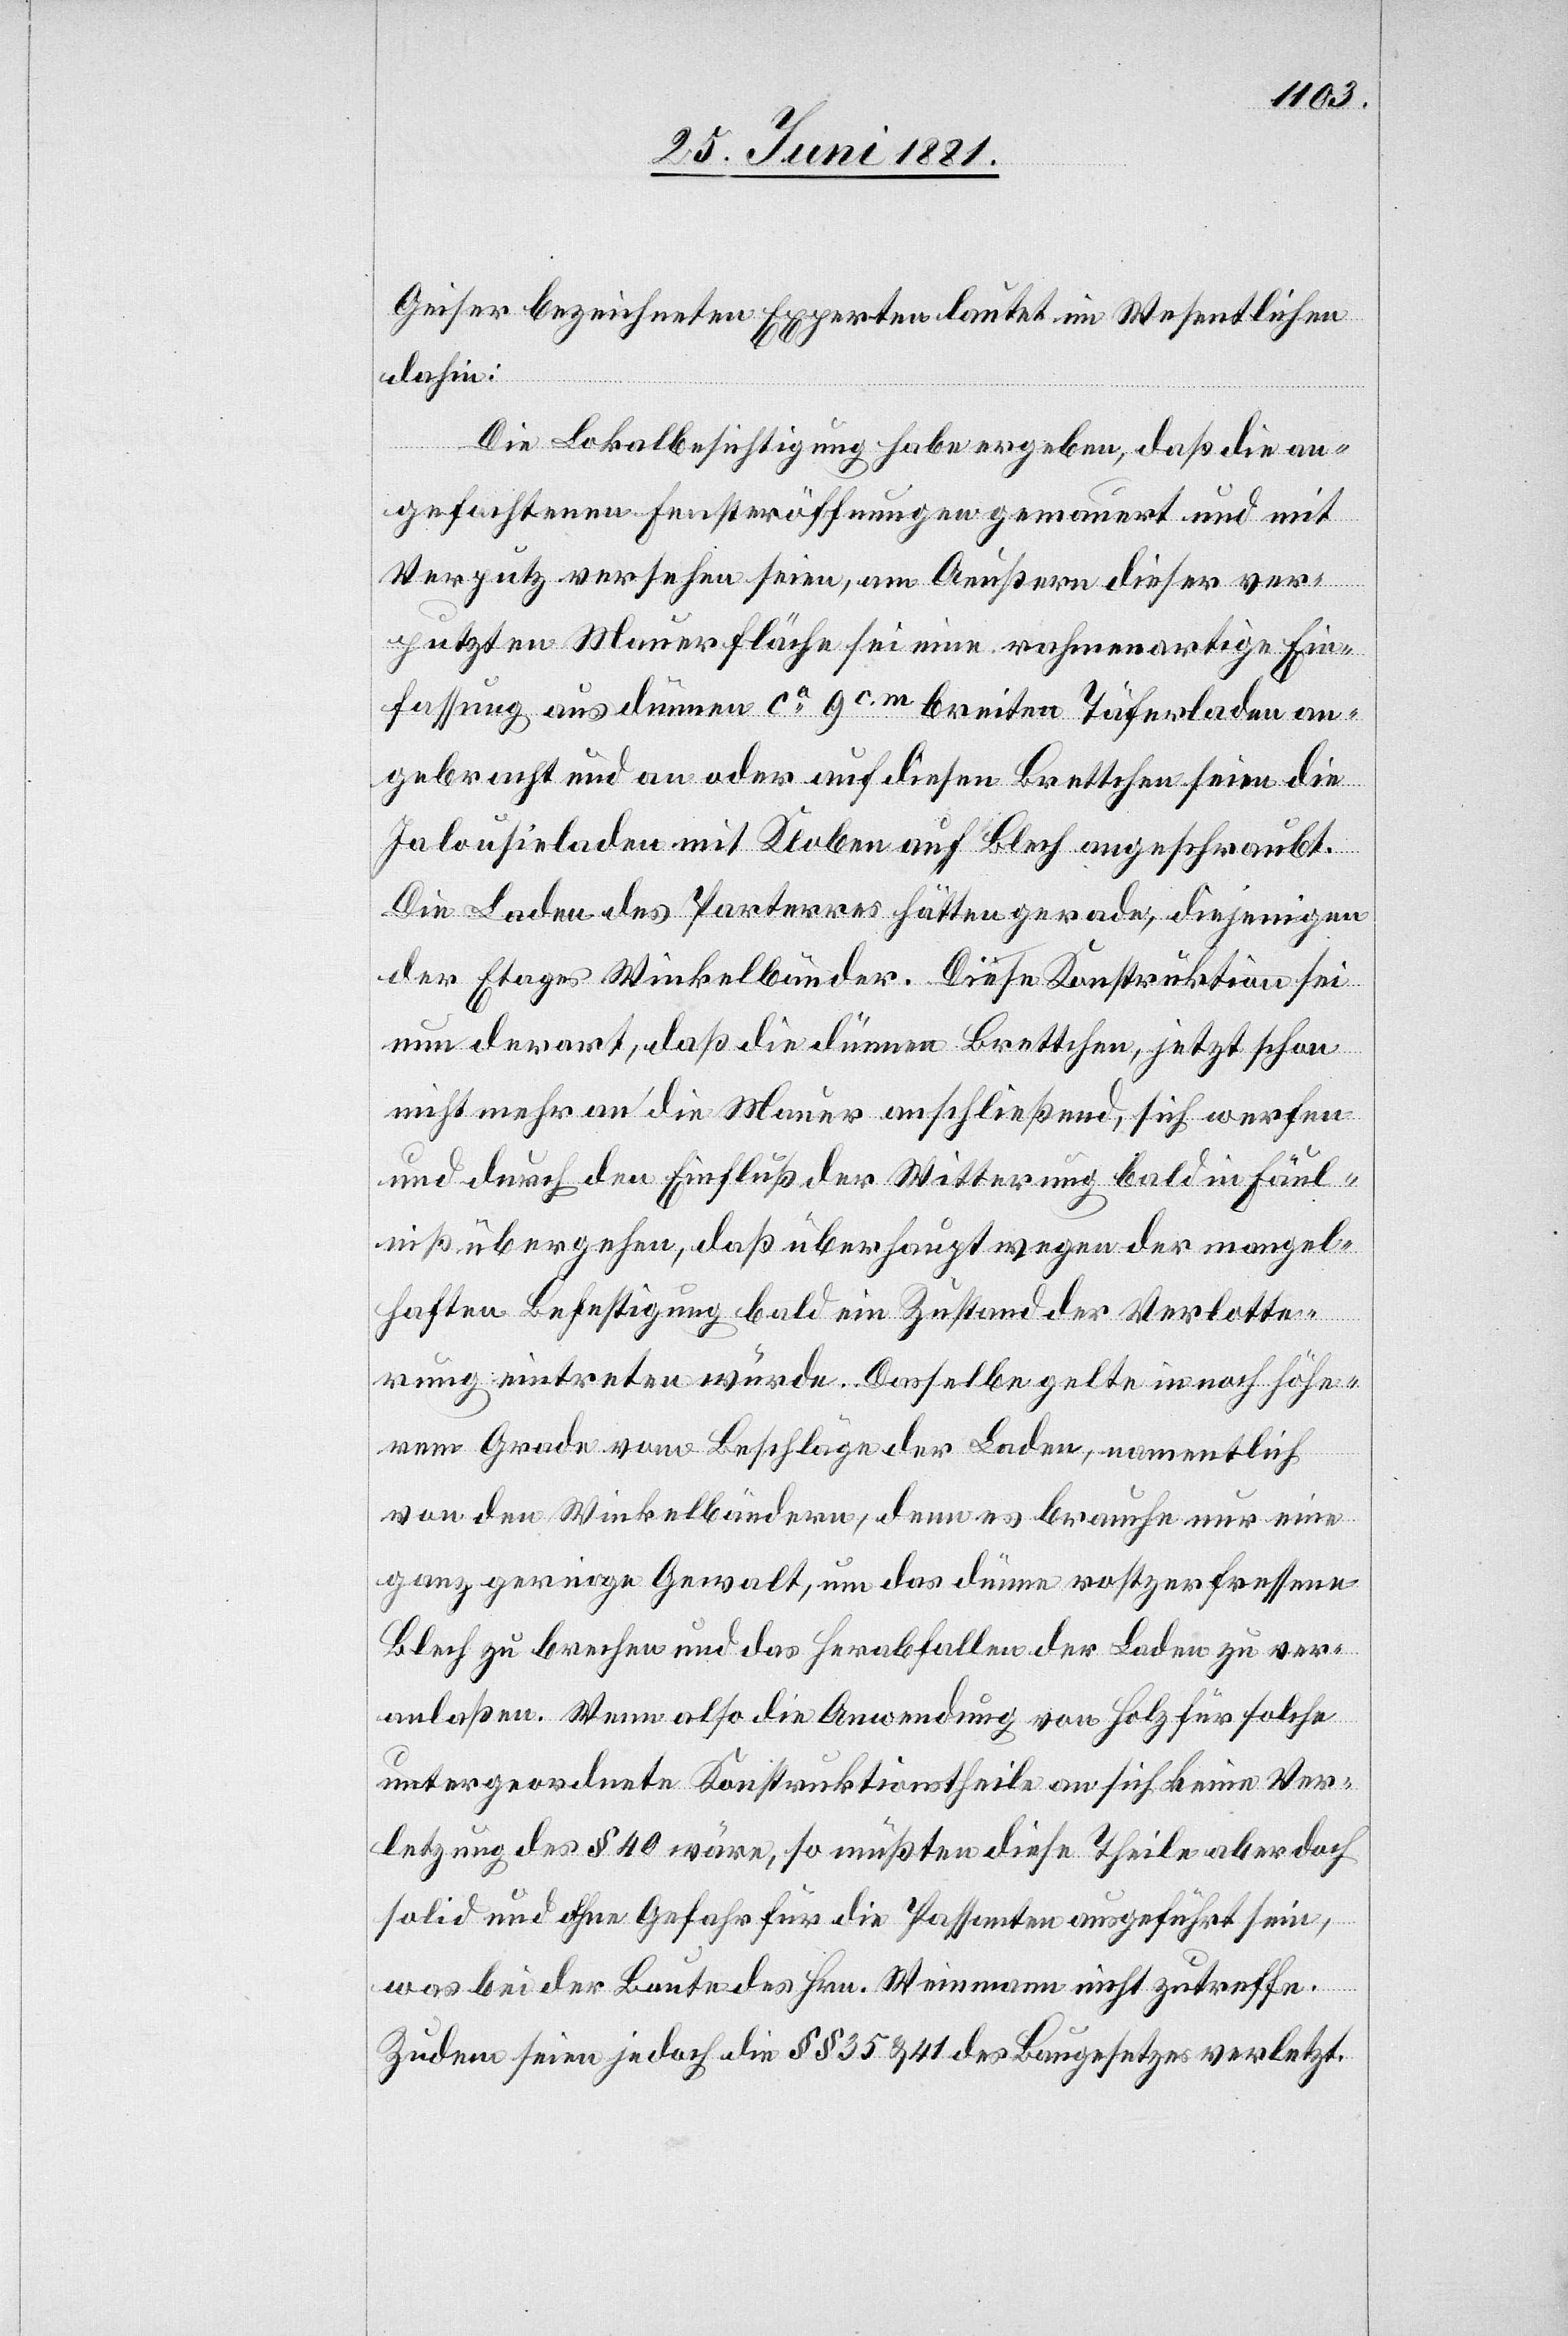
Geiser bezeichneten Experten lautet im Wesentlichen
dahin:
Die Lokalbesichtigung habe ergeben, daß die an¬
gefochtenen Fensteröffnungen gemauert und mit
Verputz versehen seien, am Aeußern dieser ver¬
putzten Mauerfläche sei eine rahmenartige Ein¬
fassung aus dünnen ca 9 c. m. breiten Täferladen an¬
gebracht und an oder auf diesen Brettchen seien die
Jalousieladen mit Kloben auf Blech angeschraubt.
Die Laden des Parterres hätten gerade, diejenigen
der Etages Winkelbänder. Diese Konstruktion sei
nun derart, daß die dünnen Brettchen, jetzt schon
nicht mehr an die Mauer anschließend, sich werfen
und durch den Einfluß der Witterung bald in Fäul¬
niß übergehen, daß überhaupt wegen der mangel¬
haften Befestigung bald ein Zustand der Verlotte¬
rung eintreten würde. Dasselbe gelte in noch höhe¬
rem Grade vom Beschläge der Lade, namentlich
von den Winkelbändern, denn es brauche nur eine
ganz geringe Gewalt, um das dünne rostzerfressene
Blech zu brechen und das herabfallen der Laden zu ver¬
anlaßen. Wenn also die Anwendung von Holz für solche
untergeordnete Konstruktionstheile an sich keine Ver¬
letzung des § 40 wäre, so müßten diese Theile aber doch
solid und ohne Gefahr für die Passanten ausgeführt sein,
was bei der Baute des Hrn. Weinmann nicht zutreffe.
Zudem seien jedoch die §§ 35 & 41 des Baugesetzes verletzt.